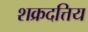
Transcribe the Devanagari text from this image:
शक्रदत्तिय